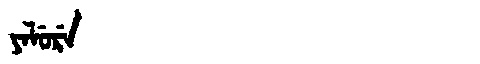
Manchu: ᠶᠠᠯᡠᡵᡝ
Romanization: YALURE